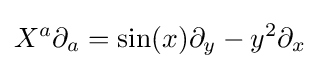
X^{a}\partial _{a}=\sin(x)\partial _{y}-y^{2}\partial _{x}